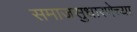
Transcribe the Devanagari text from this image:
समाजसुधारणेच्या